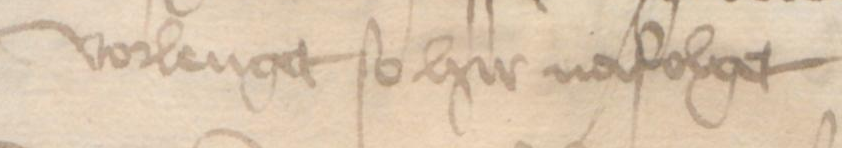
Transcription: vorlenget so hir nafolget